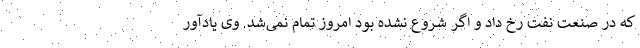
که در صنعت نفت رخ داد و اگر شروع نشده بود امروز تمام نمی‌شد. وی یادآور